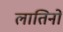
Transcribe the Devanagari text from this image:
लातिनों